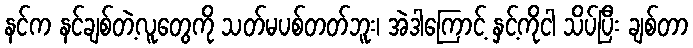
နင်က နင်ချစ်တဲ့လူတွေကို သတ်မပစ်တတ်ဘူး၊ အဲဒါကြောင့် နှင့်ကိုငါ သိပ်ပြီး ချစ်တာ